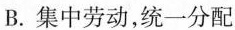
B.集中劳动，统一分配